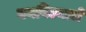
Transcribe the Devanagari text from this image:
बनविल्याचे